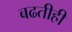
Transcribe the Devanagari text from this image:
बढतीही